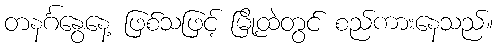
တနင်္ဂနွေနေ့ ဖြစ်သဖြင့် မြို့ထဲတွင် စည်ကားနေသည်။